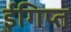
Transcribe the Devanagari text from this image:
ईगिप्त